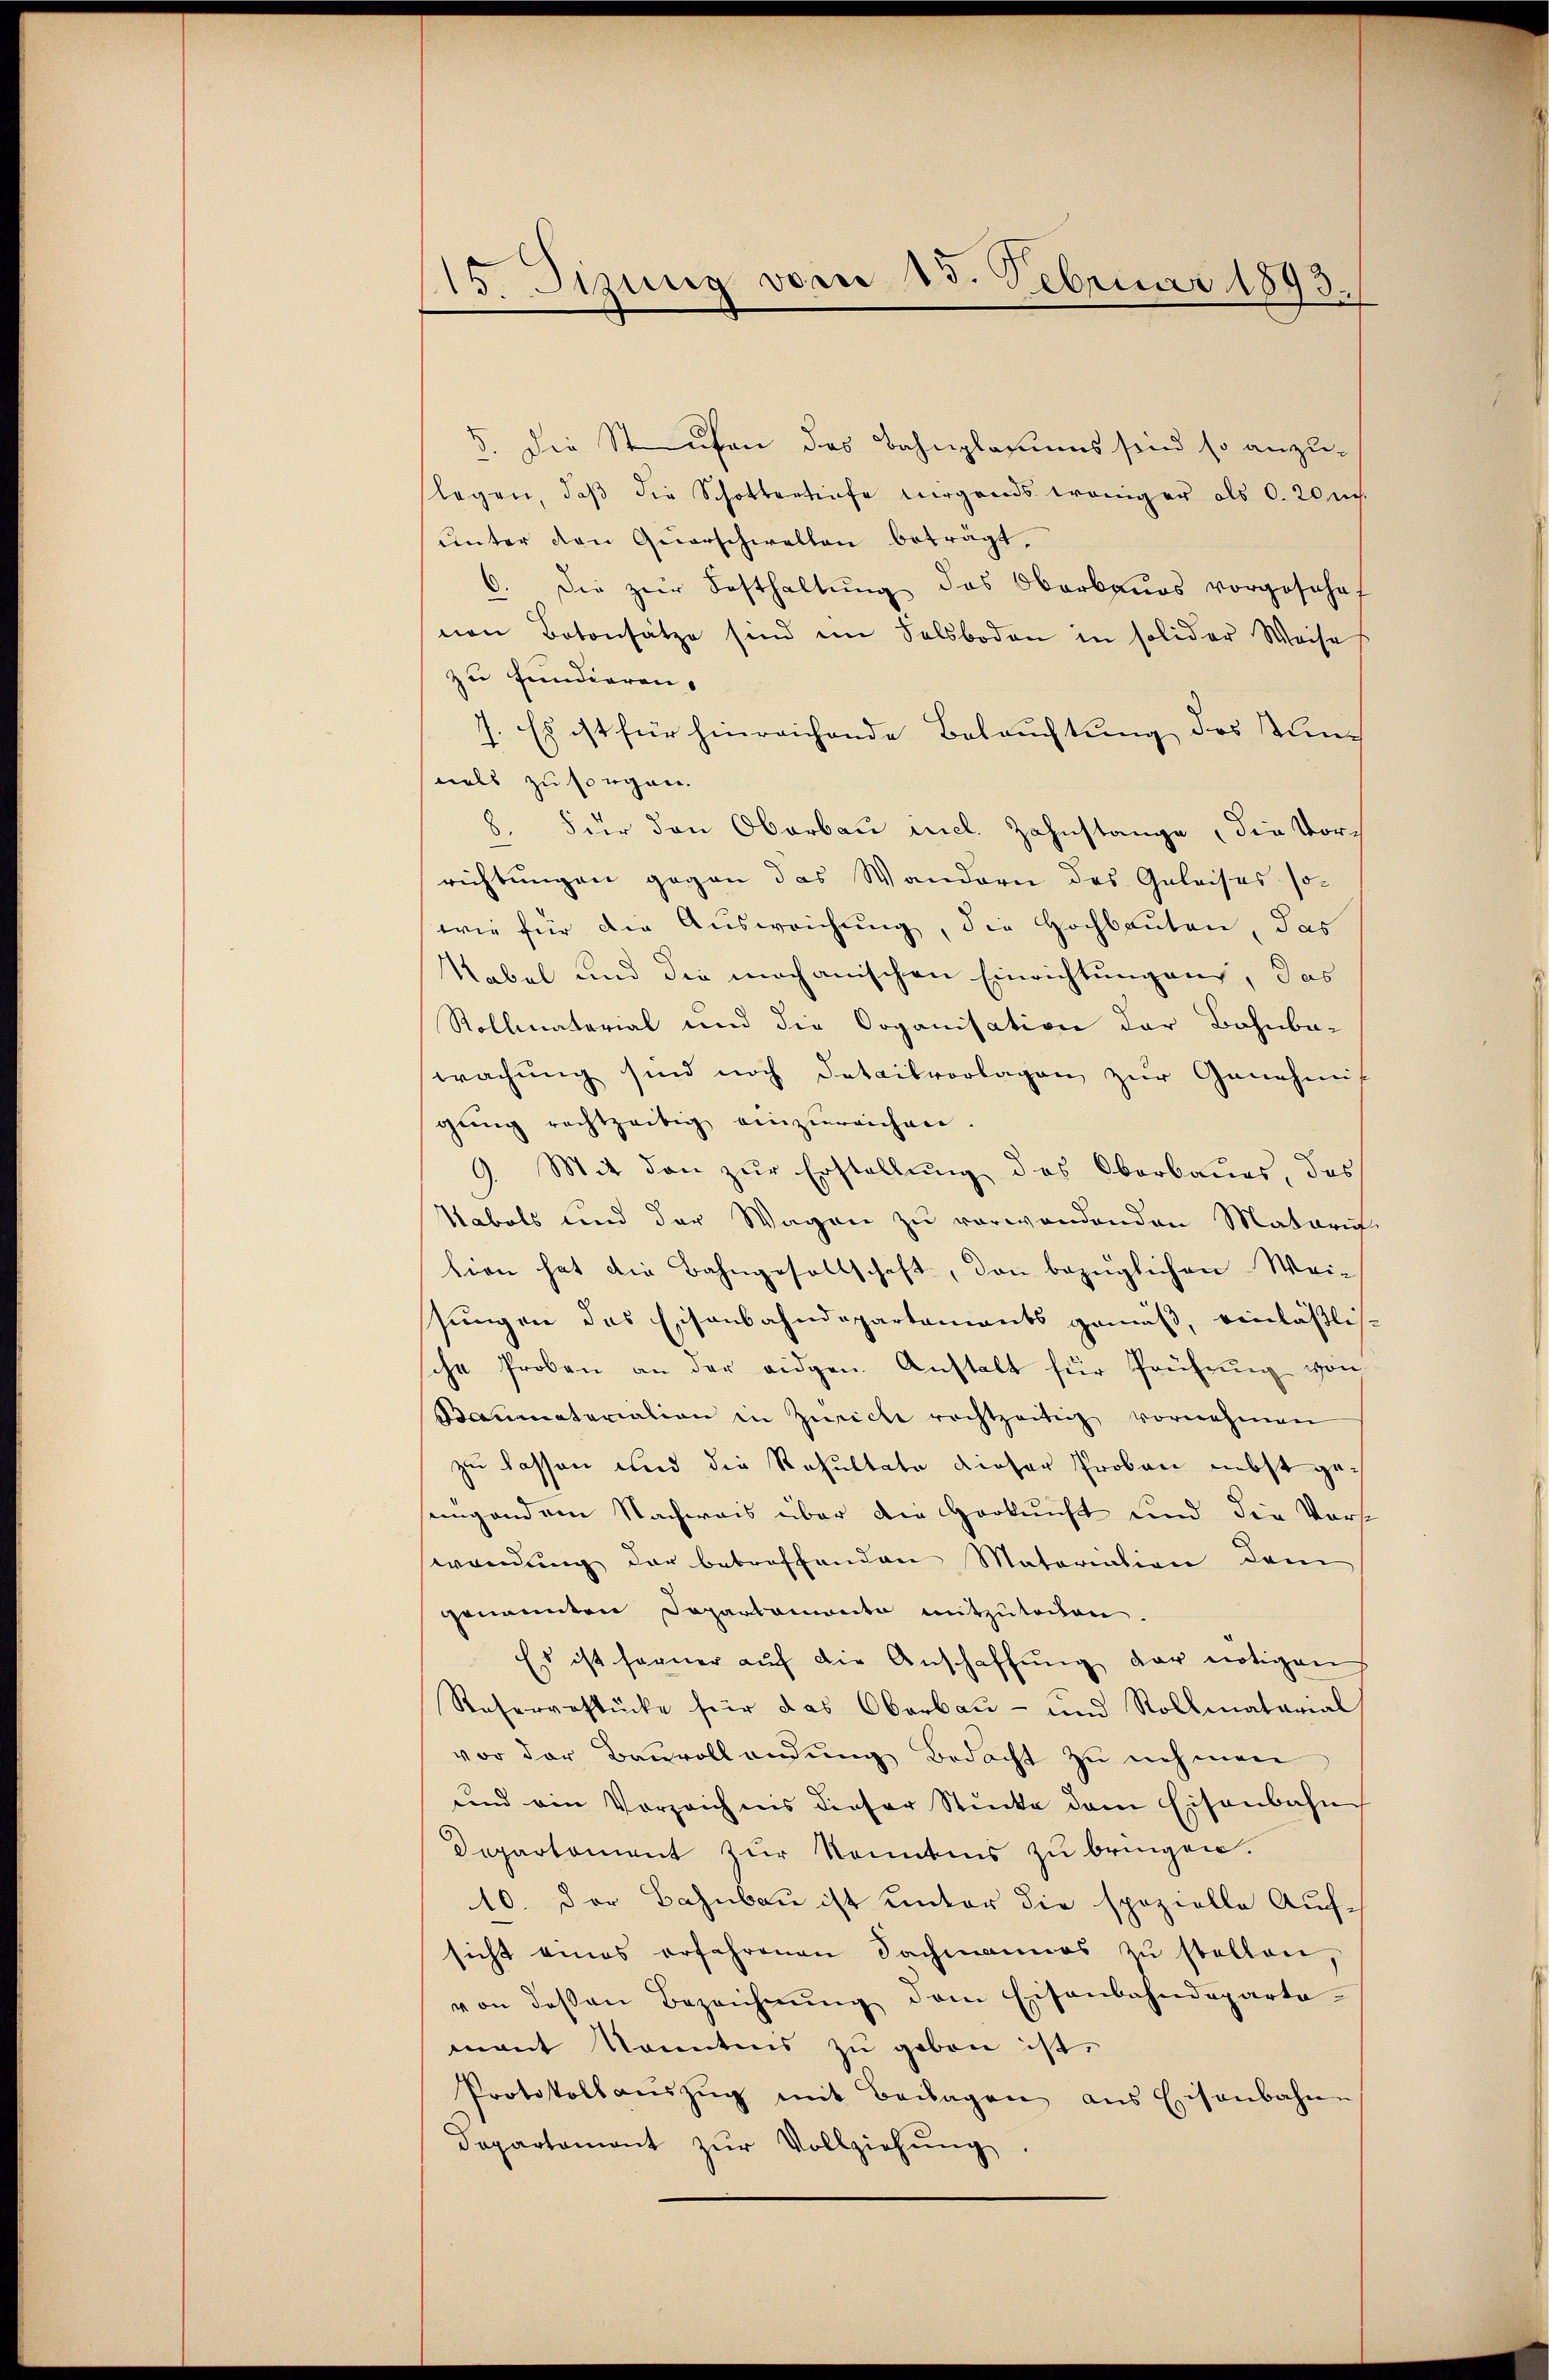
15. Sizung vom 15. Februar 1893.

5. Die Staufen des Bahnplasiums sind so anzu-
legen, daβ die Schottertiefe nirgends weniger als 0. 20 nch
ŭnter den Querschwellen beträgt.
6. Die zur Festhaltŭng des Oberbaŭes vorgeschaf
nen Botensätze sind im Felsboden in solidor Weise
zu fundieren.
7. Es ist für hinreichende Beleuchtung des Kinmals zu sorgen.
8. Für den Oberbau incl. Zahnstange, die Vorrichtungen gegen das Wandern des Geleises sowie für die Ausweichung, die Hochbauten, das
Kabel und die mechanischen Einrichtungen, das
Rollmaterial und die Organisation der Bahnba-
wachung sind noch Detailvorlagen zur Genehmit
gung rechtzeitig einzureichen.
9. Mit den zur Erstellung des Oberbaues, das
Uebels und der Wagen zu verwandenden Matarif
tion hat die Bahngesellschaft, den bezüglichen Weisungen des Eisenbahndepartements gemäß, einläßlische Proben an der eidgen. Anstalt für Prüfŭng von
Stammatariation in Zürich rechtzeitig vornehmen
zu lassen und die Resultate dieser Prober nebst geungendem Nachweis über die Herkunft und die Vors
wendung der betreffenden Matariation dem
genannten Departemonta mitzutochen.
Es ist ferner aŭf die Anschaffŭng der nötigen
Resergestücke für das Oberbau- und Rollmatarial
vor der Bauvollendung Bedacht zu nehmen
und ein Vorzeichnis dieser Stücke dem Eisenbahn
Departement zur Kenntnis zu bringen.
10. Der Bahnbau ist unter die spezielle Aufsicht eines erfahrenen Sachmannes zŭ stellen,
von dessen Bezeichnŭng dem Eisenbahndeparta-
mant konntens zu geben ist.
Protokoll aŭszŭg mit Beilagen aus Eisenbahnen
Departament zŭr Vollziehŭng.